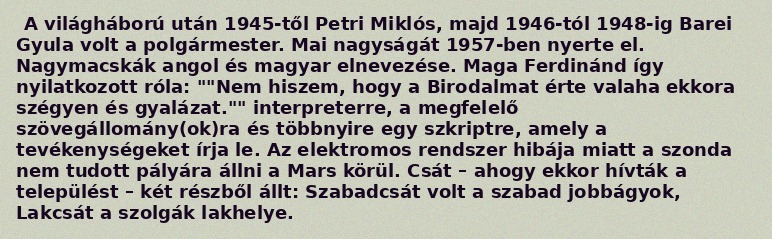
A világháború után 1945-től Petri Miklós, majd 1946-tól 1948-ig Barei Gyula volt a polgármester. Mai nagyságát 1957-ben nyerte el. Nagymacskák angol és magyar elnevezése. Maga Ferdinánd így nyilatkozott róla: ""Nem hiszem, hogy a Birodalmat érte valaha ekkora szégyen és gyalázat."" interpreterre, a megfelelő szövegállomány(ok)ra és többnyire egy szkriptre, amely a tevékenységeket írja le. Az elektromos rendszer hibája miatt a szonda nem tudott pályára állni a Mars körül. Csát – ahogy ekkor hívták a települést – két részből állt: Szabadcsát volt a szabad jobbágyok, Lakcsát a szolgák lakhelye.